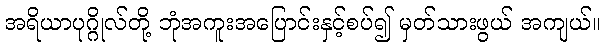
အရိယာပုဂ္ဂိုလ်တို့ ဘုံအကူးအပြောင်းနှင့်စပ်၍ မှတ်သားဖွယ် အကျယ်။